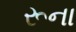
રૂના